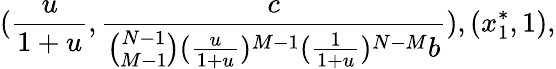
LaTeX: (\frac{u}{1+u},\frac{c}{\binom{N-1}{M-1}(\frac{u}{1+u})^{M-1}(\frac{1}{1+u})^{N-M}b}),(x_{1}^{*},1),